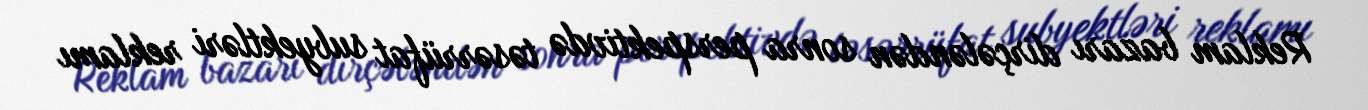
Reklam bazarı dirçələndən sonra perspektivdə təsərrüfat subyektləri reklamı